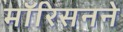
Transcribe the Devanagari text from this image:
मॉरिसनने